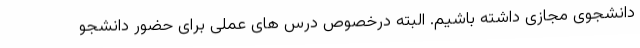
دانشجوی مجازی داشته باشیم. البته درخصوص درس های عملی برای حضور دانشجو